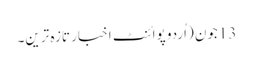
13جون (اُردو پوائنٹ اخبار تازہ ترین۔